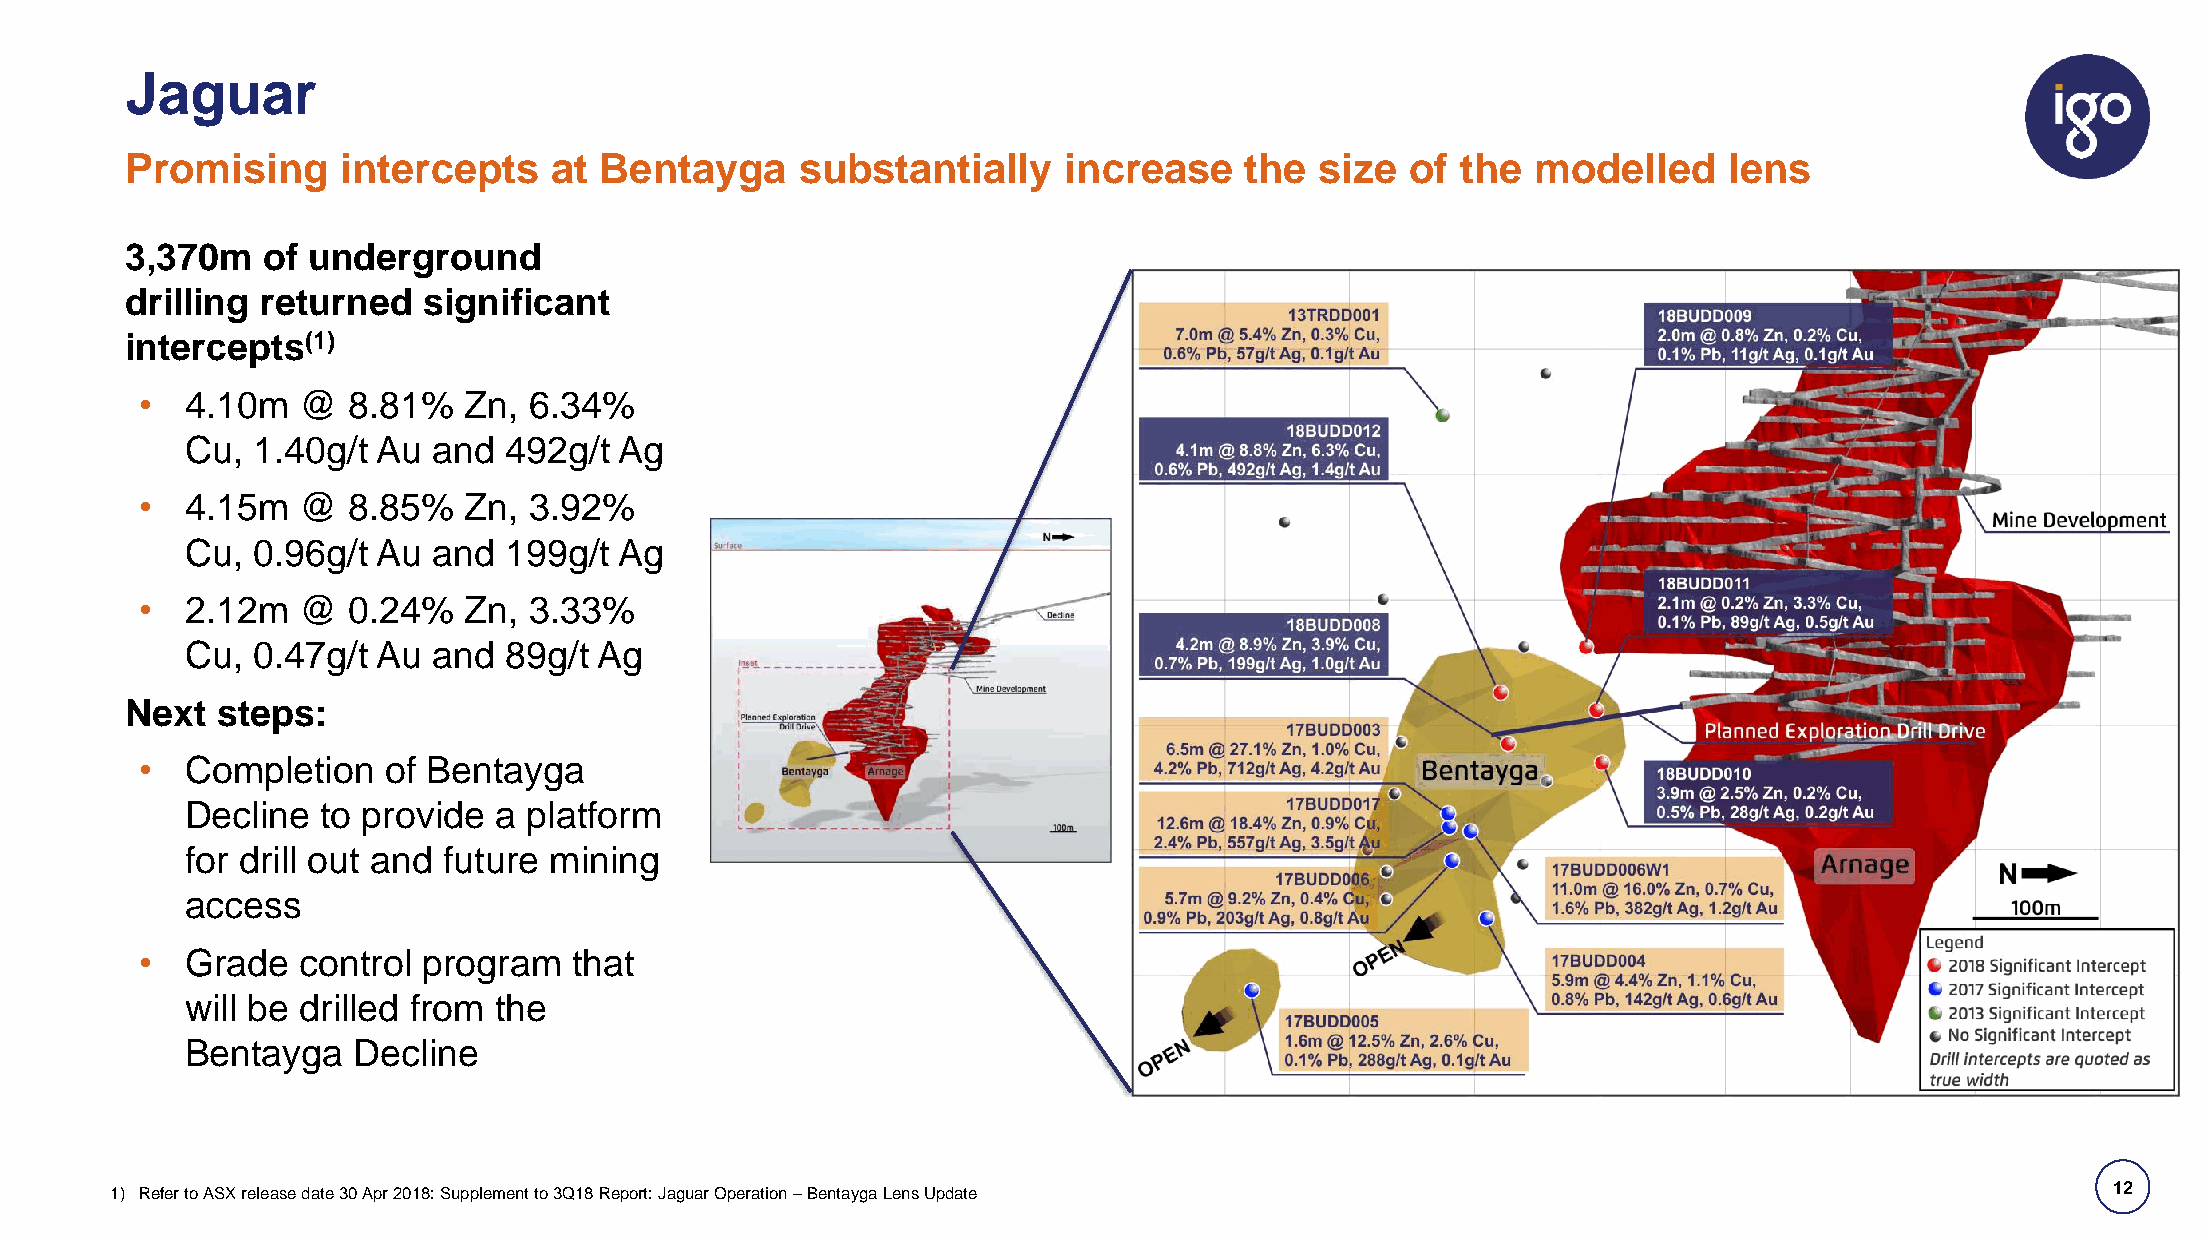
Jaguar
 Promising      intercepts   at  Bentayga     substantially    increase    the  size  of  the  modelled    lens
 3,370m   of underground
 drilling returned   significant
 intercepts(1)
 •  4.10m   @  8.81%   Zn, 6.34%
 Cu,  1.40g/t Au  and 492g/t  Ag
 •  4.15m   @  8.85%   Zn, 3.92%
 Cu,  0.96g/t Au  and 199g/t  Ag
 •  2.12m   @  0.24%   Zn, 3.33%
 Cu,  0.47g/t Au  and 89g/t  Ag
 Next  steps:
 •  Completion   of Bentayga
 Decline  to provide  a platform
 for drill out and future mining
 access
 •  Grade   control program   that
 will be drilled from the
 Bentayga   Decline
 1) Refer to ASX release date 30 Apr 2018: Supplement to 3Q18 Report: Jaguar Operation –BentaygaLens Update                           12